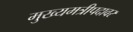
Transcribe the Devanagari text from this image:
मुख्यमत्रीपदावर